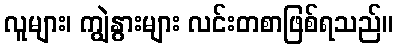
လူများ၊ ကျွဲနွားများ လင်းတစာဖြစ်ရသည်။